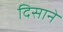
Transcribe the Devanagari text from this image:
दिसाने